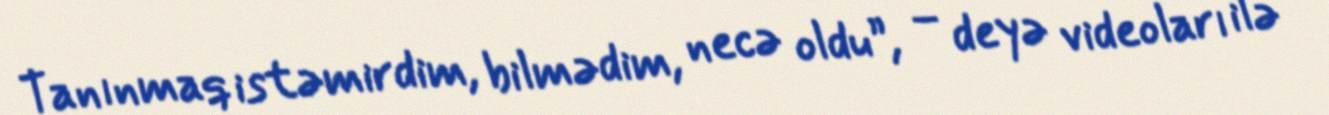
Tanınmaq istəmirdim, bilmədim, necə oldu”, – deyə videoları ilə